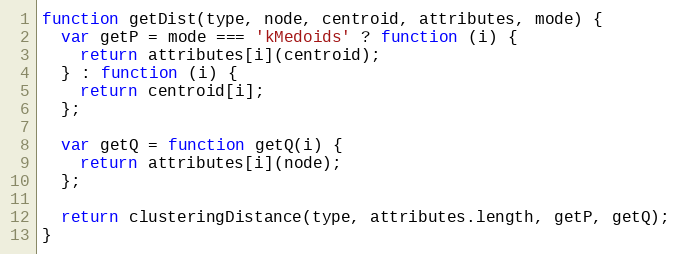
Language: JavaScript
function getDist(type, node, centroid, attributes, mode) {
  var getP = mode === 'kMedoids' ? function (i) {
    return attributes[i](centroid);
  } : function (i) {
    return centroid[i];
  };

  var getQ = function getQ(i) {
    return attributes[i](node);
  };

  return clusteringDistance(type, attributes.length, getP, getQ);
}